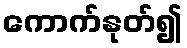
ကောက်နုတ်၍